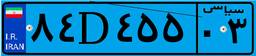
۸۴D۴۵۵۰۳